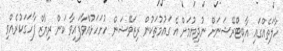
ހާލަތެއްގައި އާބިޓްރޭޝަނަށް ނުދިޔުމަށް އެ ގައުމުތަކުން ރިޒަވޭޝަން ހުށަހަޅުއްވާފައިވާ ކަން ރިޔާޒް ފާހަގަކުރެއްވި